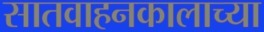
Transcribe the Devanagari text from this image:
सातवाहनकालाच्या